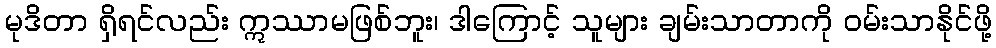
မုဒိတာ ရှိရင်လည်း ဣဿာမဖြစ်ဘူး၊ ဒါကြောင့် သူများ ချမ်းသာတာကို ဝမ်းသာနိုင်ဖို့